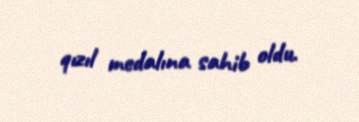
qızıl medalına sahib oldu.